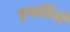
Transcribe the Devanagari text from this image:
ड्पार्डियो